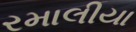
રમાલીયા